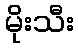
မိုးသီး